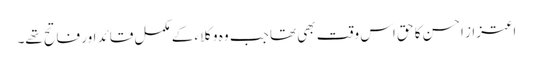
اعتزاز احسن کا حق اس وقت بھی تھا جب وہ وکلاء کے مکمل قائد اور فاتح تھے۔